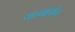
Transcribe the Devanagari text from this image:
था।मोर्गन